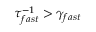
\tau _ { f a s t } ^ { - 1 } > \gamma _ { f a s t }